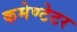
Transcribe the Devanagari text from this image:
कमेण्टेटर